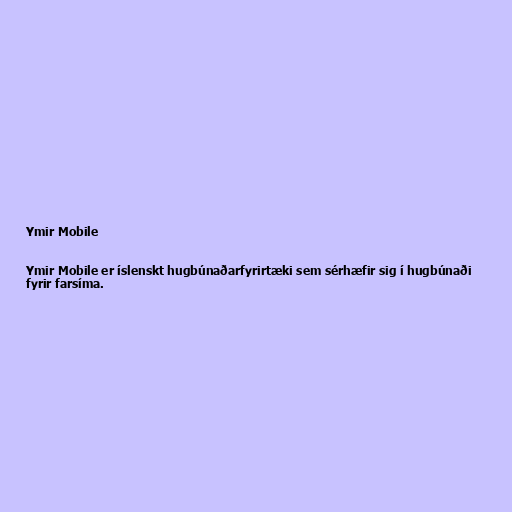
Ymir Mobile

Ymir Mobile er íslenskt hugbúnaðarfyrirtæki sem sérhæfir sig í hugbúnaði
fyrir farsíma.